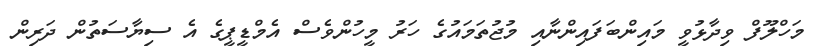
މަހްލޫފް ވިދާޅުވީ މައިންބަފައިންނާއި މުޖުތަމައުގެ ހަރު މީހުންވެސް އެމްޑީޕީގެ އެ ސިޔާސަތުން ދަރިން